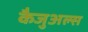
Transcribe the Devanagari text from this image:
कैजुअल्स